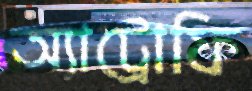
অ্যাট্রোফি